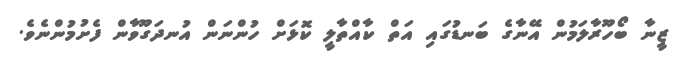
ޒީނާ ބޯހޫރާލަމުން އޭނާގެ ބަނޑުގައި އަތް ކާއްތާލީ ކޮޅަށް ހުންނަން އުނދަގޫވާން ފެށުމުންނެވެ.